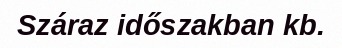
Száraz időszakban kb.